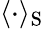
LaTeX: \langle\cdot\rangle_{\mathrm{S}}